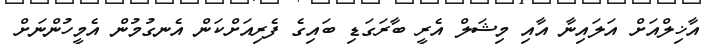
އާޚިލްއަށް އަލައިނާ އާއި މިޝަލް އެރީ ބާރަގަޑި ބައިގެ ފެރިއަށްކަން އެނގުމުން އެމީހުންނަށް